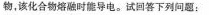
物，该化合物熔融时能导电。试回答下列问题：